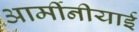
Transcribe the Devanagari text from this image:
आर्मीनीयाई